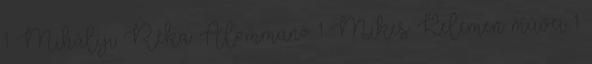
1 Mihályi Réka: Álommanó 1 Mikes Kelemen művei 1